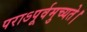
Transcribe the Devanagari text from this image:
पराऽपूर्वमुच्यते।